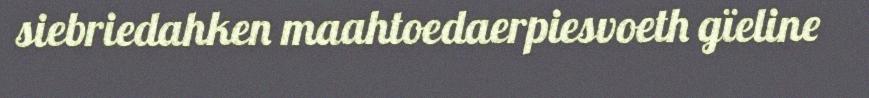
siebriedahken maahtoedaerpiesvoeth gïeline